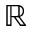
\mathbb R